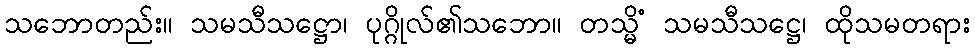
သဘောတည်း။ သမသီသဋ္ဌော၊ ပုဂ္ဂိုလ်၏သဘော။ တသ္မိံ သမသီသဋ္ဌေ၊ ထိုသမတရား